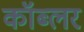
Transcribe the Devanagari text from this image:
कॉब्लर